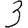
Digit: 3